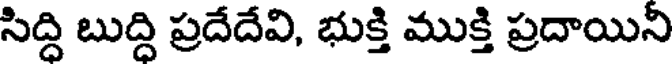
సిద్ది బుద్ది ప్రదేదేవి, భుక్తి ముక్తి ప్రదాయిని